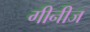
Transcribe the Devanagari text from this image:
गीनीज